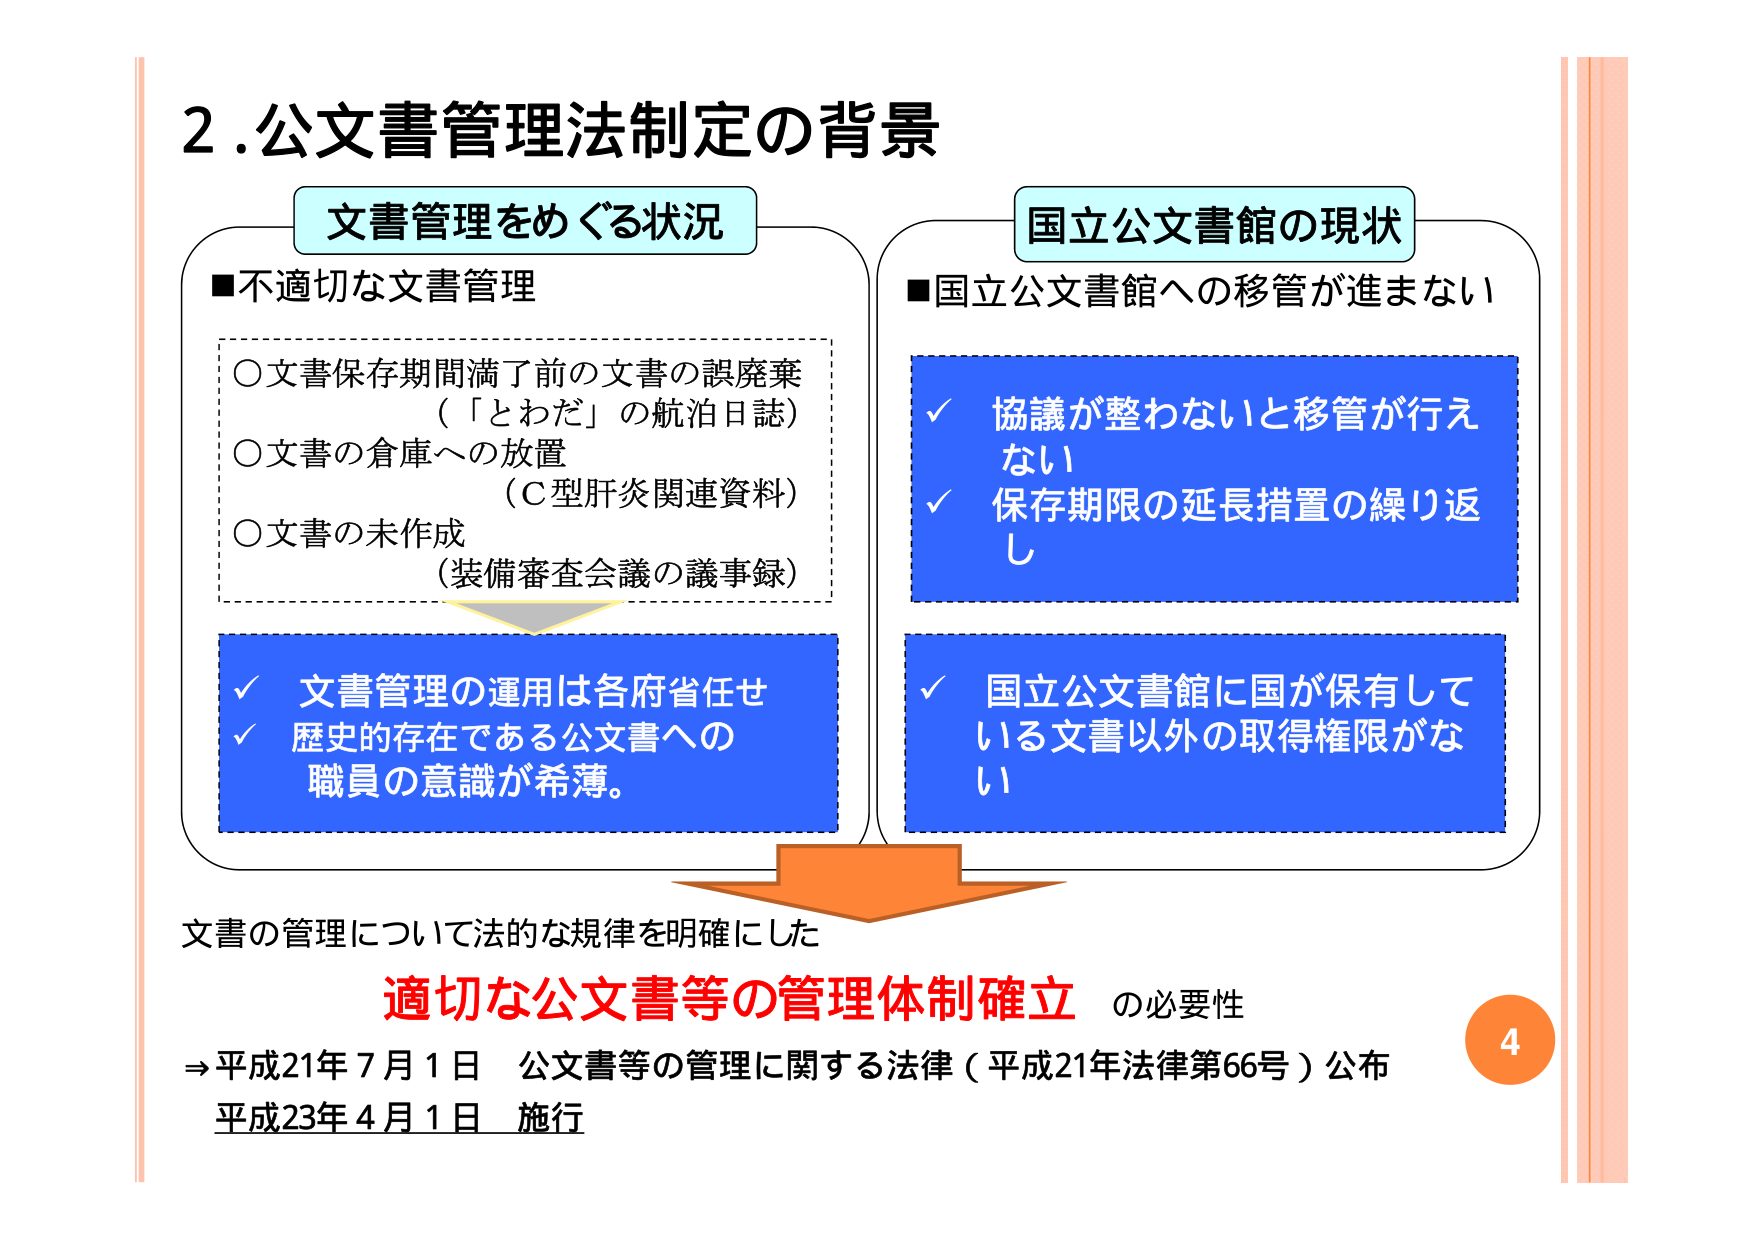
2.公文書管理法制定の背景

文書管理をめぐる状況

■不適切な文書管理
○文書保存期間満了前の文書の誤廃棄
（「とわだ」の航泊日誌）
○文書の倉庫への放置
（Ｃ型肝炎関連資料）
○文書の未作成
（装備審査会議の議事録）

✓ 文書管理の運用は各府省任せ
✓ 歴史的存在である公文書への
職員の意識が希薄。

国立公文書館の現状

■国立公文書館への移管が進まない

✓ 協議が整わないと移管が行えない
✓ 保存期限の延長措置の繰り返し

✓ 国立公文書館に国が保有している文書以外の取得権限がない

文書の管理について法的な規律を明確にした
適切な公文書等の管理体制確立 の必要性
⇒平成21年7月1日 公文書等の管理に関する法律（平成21年法律第66号）公布
平成23年4月1日 施行

4